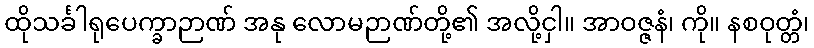
ထိုသင်္ခါရုပေက္ခာဉာဏ် အနု လောမဉာဏ်တို့၏ အလို့ငှါ။ အာဝဇ္ဇနံ၊ ကို။ နစဝုတ္တံ၊